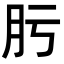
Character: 肟